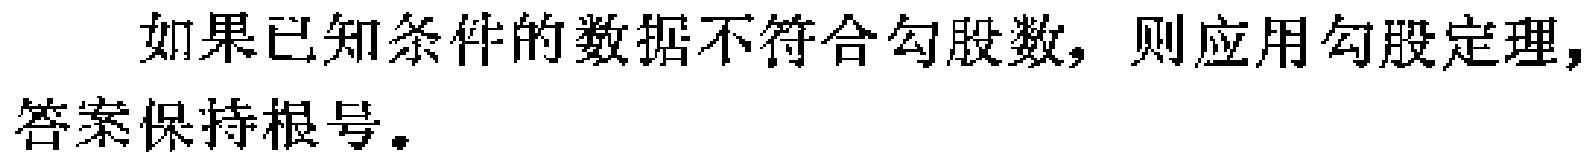
如果已知条件的数据不符合勾股数，则应用勾股定理，答案保持根号。